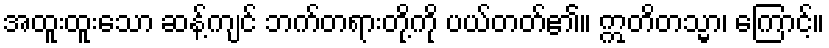
အထူးထူးသော ဆန့်ကျင် ဘက်တရားတို့ကို ပယ်တတ်၏။ ဣတိတသ္မာ၊ ကြောင့်။